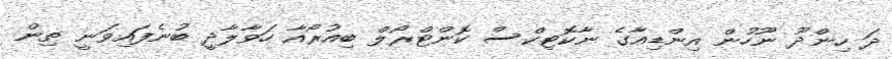
ދަ ހިންދޫ ނޫހުން އިންޑިއާގެ ނާކޮޓިކްސް ކޮންޓްރޯލް ބިއުރޯއާ ހަވާލާދީ ބުނެފައިވަނީ ތިން